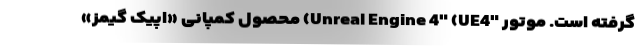
گرفته است. موتور "Unreal Engine 4" (UE4) محصول کمپانی «اپیک گیمز»